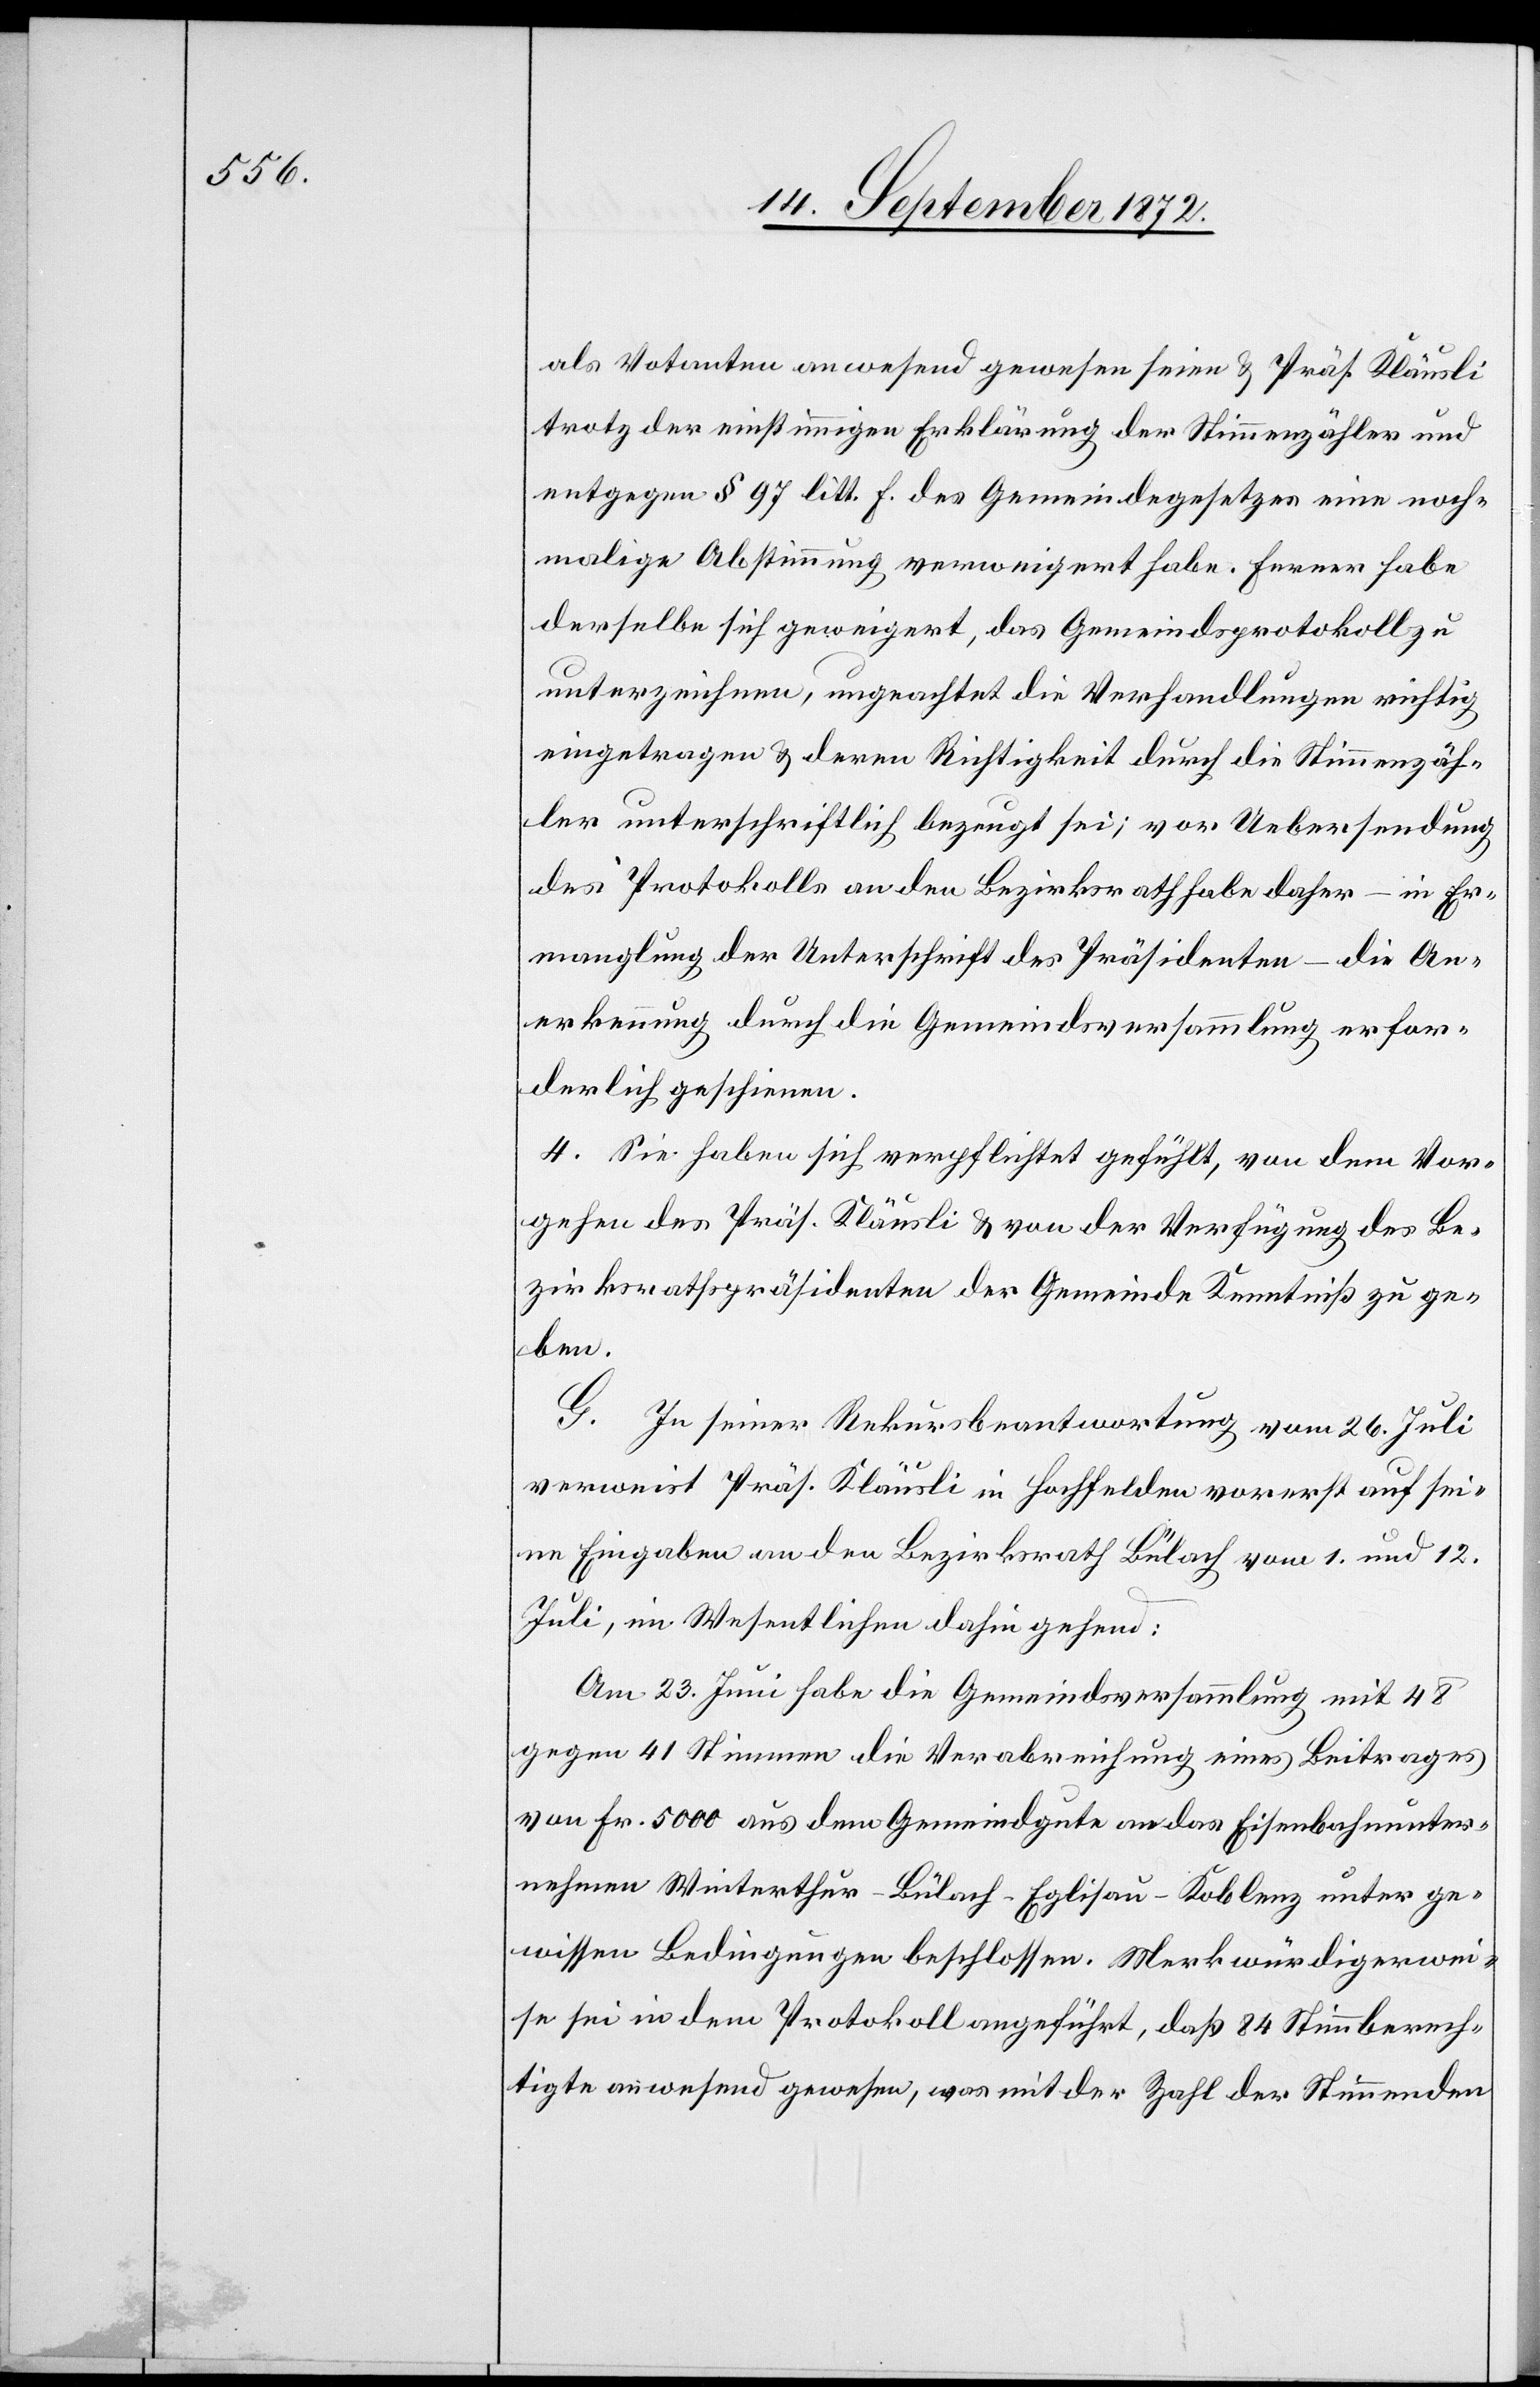
als Votanten anwesend gewesen seien u. Präs. Kläusli
trotz der einstimmigen Erklärung der Stimmenzähler und
entgegen § 97 litt. f. des Gemeindegesetzes eine noch¬
malige Abstimmung verweigert habe. Ferner habe
derselbe sich geweigert, das Gemeindsprotokoll zu
unterzeichnen, ungeachtet die Verhandlungen richtig
eingetragen u. deren Richtigkeit durch die Stimmenzäh¬
ler unterschriftlich bezeugt sei; vor Uebersendung
des Protokolls an den Bezirksrath habe daher – in Er¬
manglung der Unterschrift des Präsidenten – die An¬
erkennung durch die Gemeindsversammlung erfor¬
derlich geschienen.
4. Sie haben sich verpflichtet gefühlt, von dem Vor¬
gehen des Präs. Kläusli u. von der Verfügung des Be¬
zirksrathspräsidenten der Gemeinde Kenntniß zu ge¬
ben.
G. In seiner Rekursbeantwortung vom 26. Juli
verweist Präs. Kläusli in Hochfelden vorerst auf sei¬
ne Eingabe an den Bezirksrath Bülach vom 1. und 12.
Juli, im Wesentlichen dahin gehend:
Am 23. Juni habe die Gemeindsversammlung mit 48
gegen 41 Stimmen die Verabreichung eines Beitrages
von Fr. 5000 aus dem Gemeindgute an das Eisenbahnunter¬
nehmen Winterthur–Bülach–Eglisau–Koblenz unter ge¬
wissen Bedingungen beschlossen. Merkwürdigerwe¬
ise sei in dem Protokoll angeführt, daß 84 Stimmberech¬
tigte anwesend gewesen, was mit der Zahl der Stimmenden